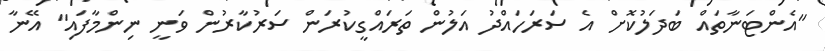
"އެންޓަނާތައް ބަދަލުކޮށް އެ ސަރަހައްދު އަލުން ތަރައްގީކުރަން ސަރުކާރުން ވަނީ ނިންމާފައި" އޭނާ